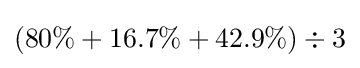
(80\%+16.7\%+42.9\%)\div 3